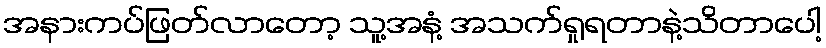
အနားကပ်ဖြတ်လာတော့ သူ့အနံ့ အသက်ရှုရတာနဲ့သိတာပေါ့